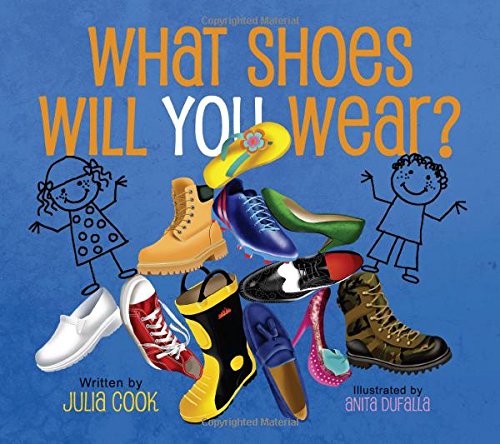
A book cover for What Shoes Will You Wear?; Julia Cook; Business & Money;